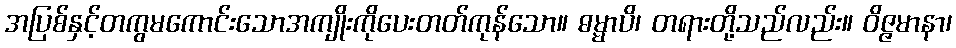
အပြစ်နှင့်တကွမကောင်းသောအကျိုးကိုပေးတတ်ကုန်သော။ ဓမ္မာပိ၊ တရားတို့သည်လည်း။ ဝိဇ္ဇမာနာ၊